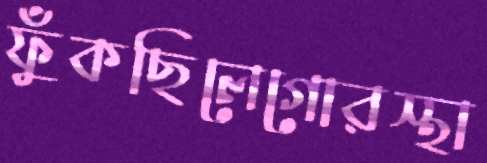
ফুঁকছিলেগোরস্থা